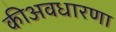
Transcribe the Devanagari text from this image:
कीअवधारणा